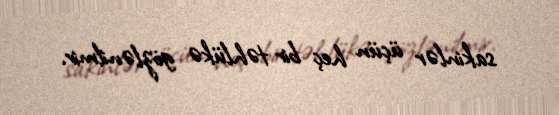
sakinlər üçün heç bir təhlükə gözlənilmir.